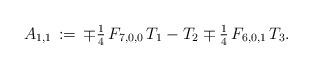
LaTeX: \begin{align*}A_{1,1}\,:=\,\mp\tfrac{1}{4}\,F_{7,0,0}\,T_1-T_2\mp\tfrac{1}{4}\,F_{6,0,1}\,T_3.\end{align*}